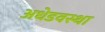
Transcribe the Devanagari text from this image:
अधेडवस्था